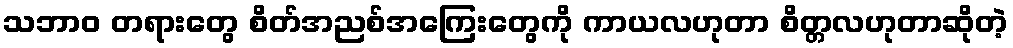
သဘာဝ တရားတွေ စိတ်အညစ်အကြေးတွေကို ကာယလဟုတာ စိတ္တလဟုတာဆိုတဲ့